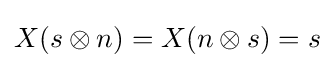
X(s\otimes n)=X(n\otimes s)=s